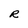
Character: R